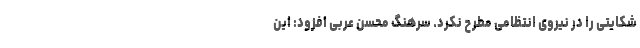
شکایتی را در نیروی انتظامی مطرح نکرد. سرهنگ محسن عربی افزود: این